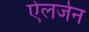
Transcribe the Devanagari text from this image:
ऐलर्जन